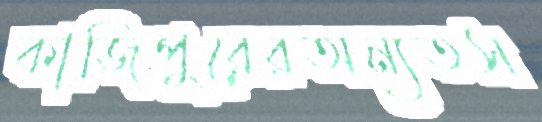
কাজিপুরেরঅন্যতস